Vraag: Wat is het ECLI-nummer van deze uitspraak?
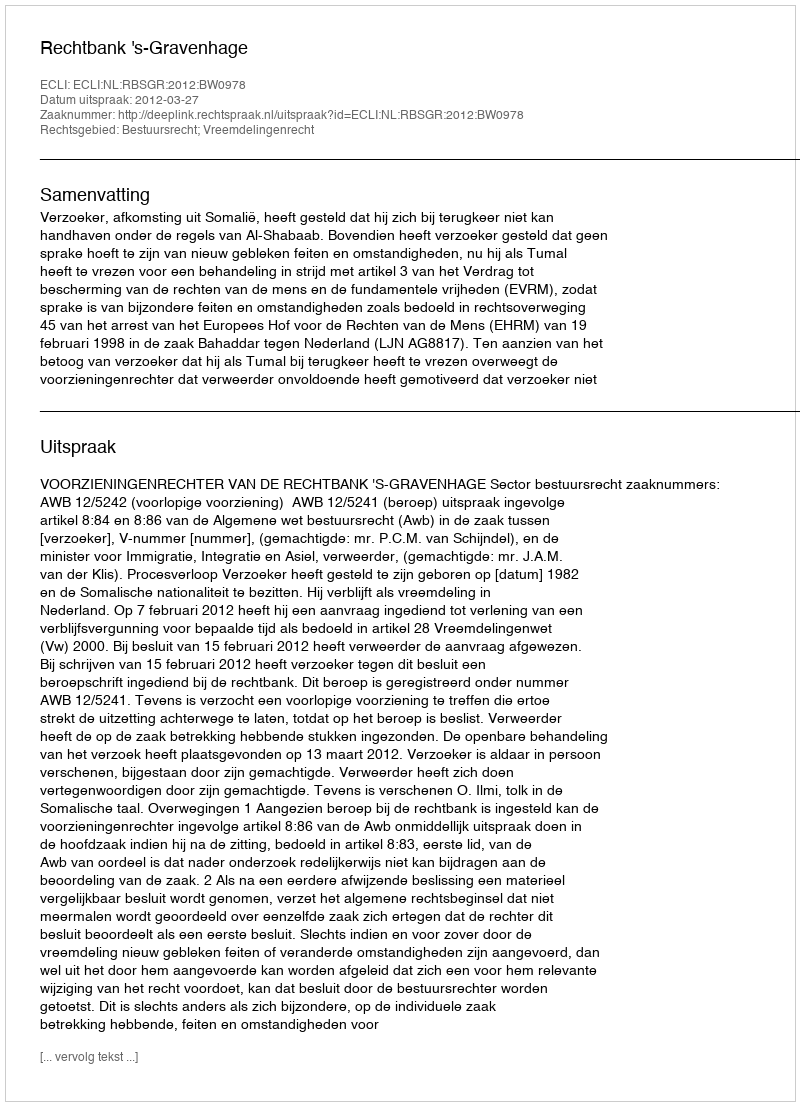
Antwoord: ECLI:NL:RBSGR:2012:BW0978